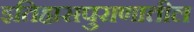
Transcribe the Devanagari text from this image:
इतिहासपुराणातील